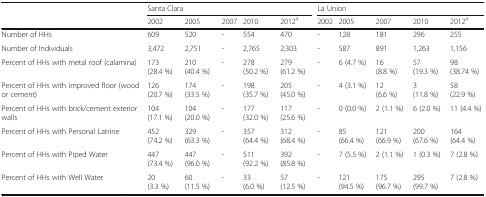
<table><thead><tr><td rowspan="2"></td><td colspan="5"><b>Santa Clara</b></td><td colspan="5"><b>La Union</b></td></tr><tr><td><b>2002</b></td><td><b>2005</b></td><td><b>2007</b></td><td><b>2010</b></td><td><b>2012<sup>a</sup></b></td><td><b>2002</b></td><td><b>2005</b></td><td><b>2007</b></td><td><b>2010</b></td><td><b>2012<sup>a</sup></b></td></tr></thead><tbody><tr><td>Number of HHs</td><td>609</td><td>520</td><td>-</td><td>554</td><td>470</td><td>-</td><td>128</td><td>181</td><td>296</td><td>255</td></tr><tr><td>Number of Individuals</td><td>3,472</td><td>2,751</td><td>-</td><td>2,765</td><td>2,303</td><td>-</td><td>587</td><td>891</td><td>1,263</td><td>1,156</td></tr><tr><td>Percent of HHs with metal roof (calamina)</td><td>173 (28.4 %)</td><td>210 (40.4 %)</td><td>-</td><td>278 (50.2 %)</td><td>279 (61.2 %)</td><td>-</td><td>6 (4.7 %)</td><td>16 (8.8 %)</td><td>57 (19.3 %)</td><td>98 (38.74 %)</td></tr><tr><td>Percent of HHs with improved floor (wood or cement)</td><td>126 (20.7 %)</td><td>174 (33.5 %)</td><td>-</td><td>198 (35.7 %)</td><td>205 (45.0 %)</td><td>-</td><td>4 (3.1 %)</td><td>12 (6.6 %)</td><td>3 (11.8 %)</td><td>58 (22.9 %)</td></tr><tr><td>Percent of HHs with brick/cement exterior walls</td><td>104 (17.1 %)</td><td>104 (20.0 %)</td><td>-</td><td>177 (32.0 %)</td><td>117 (25.6 %)</td><td>-</td><td>0 (0.0 %)</td><td>2 (1.1 %)</td><td>6 (2.0 %)</td><td>11 (4.4 %)</td></tr><tr><td>Percent of HHs with Personal Latrine</td><td>452 (74.2 %)</td><td>329 (63.3 %)</td><td>-</td><td>357 (64.4 %)</td><td>312 (68.4 %)</td><td>-</td><td>85 (66.4 %)</td><td>121 (66.9 %)</td><td>200 (67.6 %)</td><td>164 (64.4 %)</td></tr><tr><td>Percent of HHs with Piped Water</td><td>447 (73.4 %)</td><td>447 (96.0 %)</td><td>-</td><td>511 (92.2 %)</td><td>392 (85.8 %)</td><td>-</td><td>7 (5.5 %)</td><td>2 (1.1 %)</td><td>1 (0.3 %)</td><td>7 (2.8 %)</td></tr><tr><td>Percent of HHs with Well Water</td><td>20 (3.3 %)</td><td>60 (11.5 %)</td><td>-</td><td>33 (6.0 %)</td><td>57 (12.5 %)</td><td>-</td><td>121 (94.5 %)</td><td>175 (96.7 %)</td><td>295 (99.7 %)</td><td>7 (2.8 %)</td></tr></tbody></table>